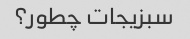
سبزیجات چطور؟